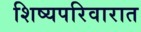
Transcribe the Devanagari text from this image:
शिष्यपरिवारात